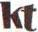
kt